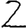
Digit: 2